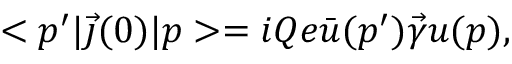
< p ^ { \prime } | \vec { \jmath } ( 0 ) | p > = i Q e \bar { u } ( p ^ { \prime } ) \vec { \gamma } u ( p ) ,